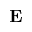
\mathbf { E }